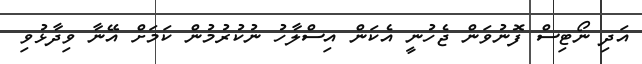
އަދި ނޯޓިސް ފޮނުވަން ޖެހުނީ އެކަން އިސްލާހު ނުކުރުމުން ކަމަށް އޭނާ ވިދާޅުވި